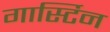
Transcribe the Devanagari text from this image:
गार्स्टिन